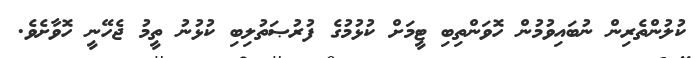
ކުލުންތެރިން ނުބައިވުމުން ހޮވަންތިބި ޓީމަށް ކުޅުމުގެ ފުރުޞަތުލިބި ކުޅުނު ތީމު ޖެހޭނީ ހޮވާށެވެ.